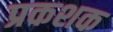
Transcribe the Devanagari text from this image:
प्रकशक